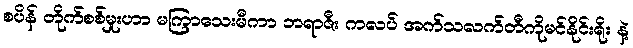
စပိန် တိုက်စစ်မှုးဟာ မကြာသေးမီကာ ဘရာဇီး ကလပ် အက်သလက်တီကိုမင်နိုင်းရိုး နဲ့